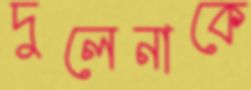
দুলেনাকে